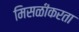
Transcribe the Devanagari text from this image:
मिसळीकरता